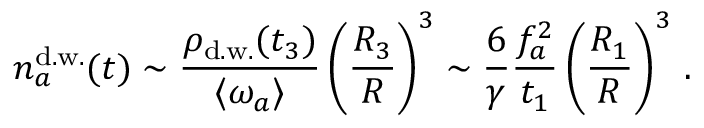
n _ { a } ^ { \mathrm { d . w . } } ( t ) \sim \frac { \rho _ { \mathrm { d . w . } } ( t _ { 3 } ) } { \langle \omega _ { a } \rangle } \left( \frac { R _ { 3 } } { R } \right) ^ { 3 } \sim \frac { 6 } { \gamma } \frac { f _ { a } ^ { 2 } } { t _ { 1 } } \left( \frac { R _ { 1 } } { R } \right) ^ { 3 } \, .